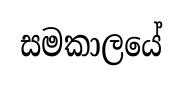
සමකාලයේ